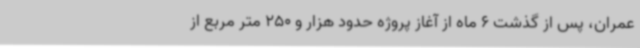
عمران، پس از گذشت 6 ماه از آغاز پروژه حدود هزار و 250 متر مربع از